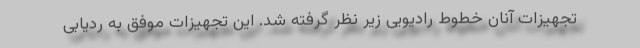
تجهیزات آنان خطوط رادیویی زیر نظر گرفته شد. این تجهیزات موفق به ردیابی